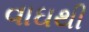
વાઘથી